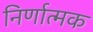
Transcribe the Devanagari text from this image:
निर्णात्मक